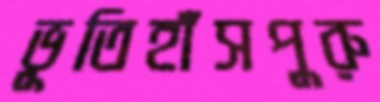
ভূতিহাঁসপুরু